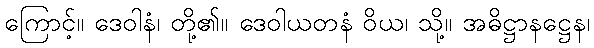
ကြောင့်။ ဒေဝါနံ၊ တို့၏။ ဒေဝါယတနံ ဝိယ၊ သို့။ အဓိဋ္ဌာနဋ္ဌေန၊